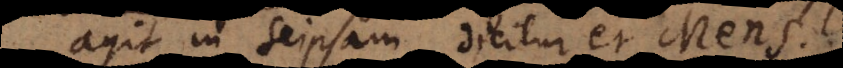
agit in seipsam, dicitur et Mens.